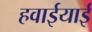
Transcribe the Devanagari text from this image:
हवाईयाई